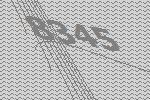
8345